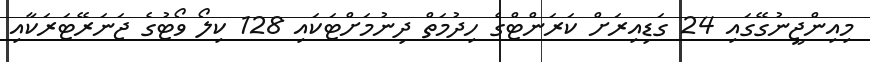
މިއިންޖީނުގޭގައި 24 ގަޑިއިރަށް ކަރަންޓްގެ ހިދުމަތް ދިނުމަށްޓަކައި 128 ކިލޯ ވޯޓުގެ ޖަނަރޭޓަރަކާއި